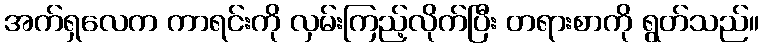
အက်ရှလေက ကာရင်းကို လှမ်းကြည့်လိုက်ပြီး တရားစာကို ရွတ်သည်။